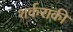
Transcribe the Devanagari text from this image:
शर्कराकी